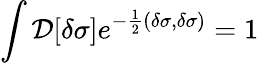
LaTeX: \int{\cal D}[\delta\sigma]e^{-\frac{1}{2}(\delta\sigma,\delta\sigma)}=1